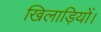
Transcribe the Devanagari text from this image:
खिलाड़ियों।